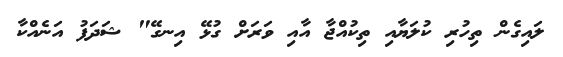
ލައިގެން ތިހުރި ކުލަޔާއި ތިކުއްޖާ އާއި ވަރަށް ގުޅޭ އިނގޭ" ޝަދަފު އަނެއްކާ